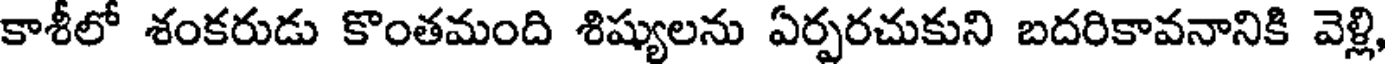
కాశీలో శంకరుడు కొంతమంది శిష్యులను ఏర్పరచుకుని బదరికావనానికి వెళ్లి